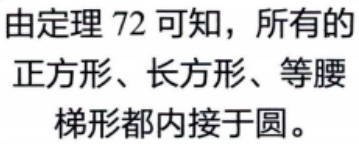
由定理 72 可知，所有的正方形、长方形、等腰梯形都内接于圆。